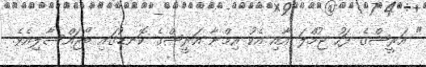
" އަރީޝްގެ ފަހު ޖުމްލަ އާއި އެކު އިމްނާ އަރީޝްގެ ކޮނޑުގައި ބޯޖައްސާލިއެވެ.